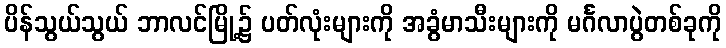
ပိန်သွယ်သွယ် ဘာလင်မြို့၌ ပတ်လုံးများကို အခွံမာသီးများကို မင်္ဂလာပွဲတစ်ခုကို